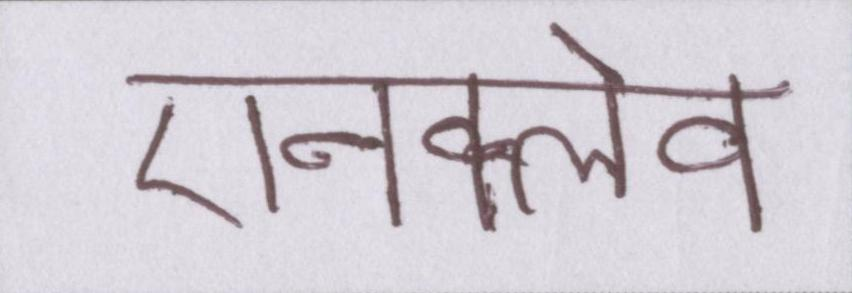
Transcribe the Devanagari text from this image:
एनक्लेव